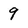
Character: 9